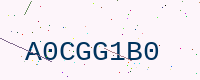
Text: A0CGG1B0